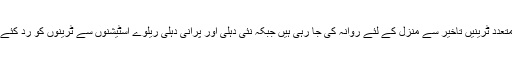
ترجمان کے مطابق حضرت نظام الدین ریلوے اسٹیشن سے متعدد ٹرینیں تاخیر سے منزل کے لئے روانہ کی جا رہی ہیں جبکہ نئی دہلی اور پرانی دہلی ریلوے اسٹیشنوں سے ٹرینوں کو رد کئے جانے یا شیڈول بد ل کر چلائے جانے کی رپورٹیں آئی ہیں۔